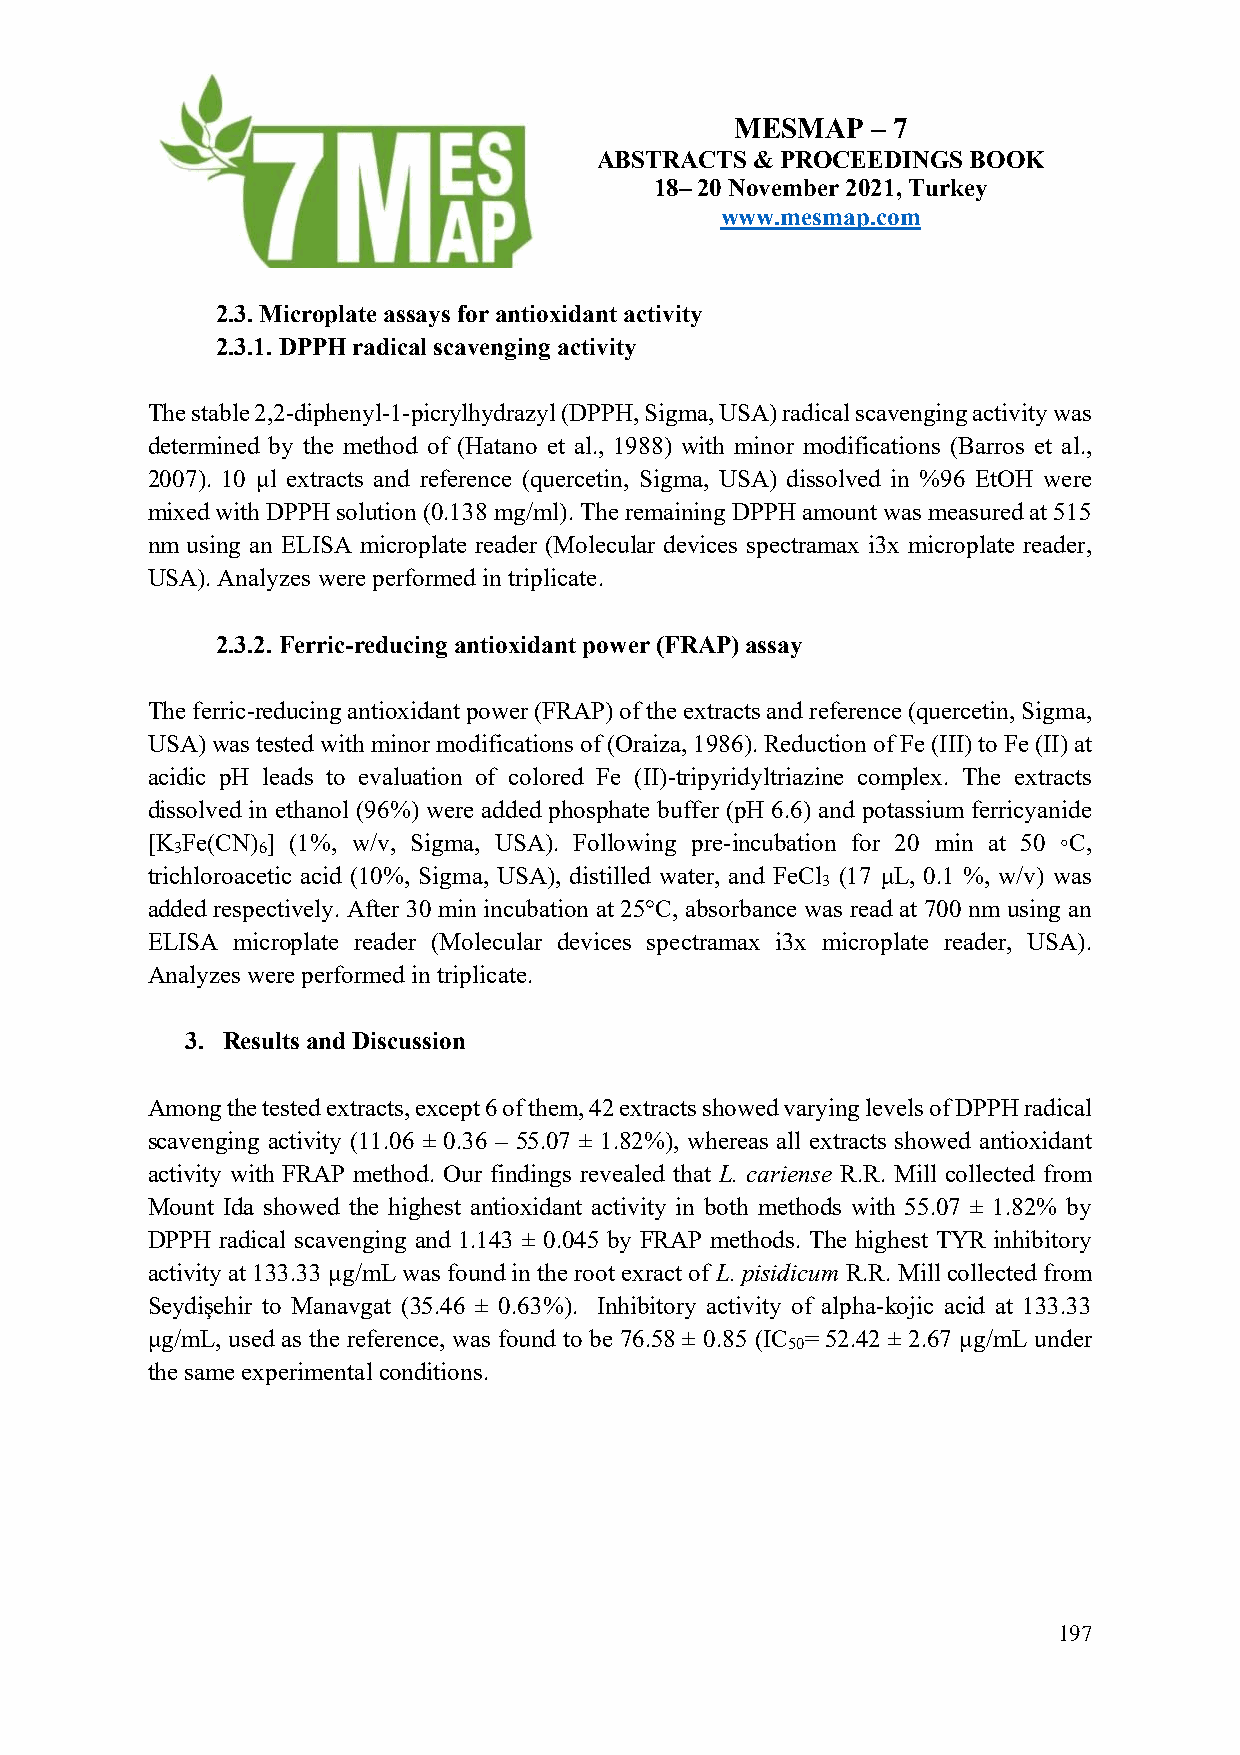
MESMAP   – 7
 ABSTRACTS  & PROCEEDINGS BOOK
 18– 20 November 2021, Turkey
 www.mesmap.com
 2.3. Microplate assays for antioxidant activity
 2.3.1. DPPH radical scavenging activity
 The stable 2,2-diphenyl-1-picrylhydrazyl (DPPH, Sigma, USA) radical scavenging activity was
 determined by the method of (Hatano et al., 1988) with minor modifications (Barros et al.,
 2007). 10 µl extracts and reference (quercetin, Sigma, USA) dissolved in %96 EtOH were
 mixed with DPPH solution (0.138 mg/ml). The remaining DPPH amount was measured at 515
 nm using an ELISA microplate reader (Molecular devices spectramax i3x microplate reader,
 USA). Analyzes were performed in triplicate.
 2.3.2. Ferric-reducing antioxidant power (FRAP) assay
 The ferric-reducing antioxidant power (FRAP) of the extracts and reference (quercetin, Sigma,
 USA) was tested with minor modifications of (Oraiza, 1986). Reduction of Fe (III) to Fe (II) at
 acidic pH leads to evaluation of colored Fe (II)-tripyridyltriazine complex. The extracts
 dissolved in ethanol (96%) were added phosphate buffer (pH 6.6) and potassium ferricyanide
 [K Fe(CN) ] (1%, w/v, Sigma, USA). Following pre-incubation for 20 min at 50 ◦C,
 3    6
 trichloroacetic acid (10%, Sigma, USA), distilled water, and FeCl (17 μL, 0.1 %, w/v) was
 3
 added respectively. After 30 min incubation at 25°C, absorbance was read at 700 nm using an
 ELISA microplate reader (Molecular devices spectramax i3x microplate reader, USA).
 Analyzes were performed in triplicate.
 3. Results and Discussion
 Among the tested extracts, except 6 of them, 42 extracts showed varying levels of DPPH radical
 scavenging activity (11.06 ± 0.36 – 55.07 ± 1.82%), whereas all extracts showed antioxidant
 activity with FRAP method. Our findings revealed that L. cariense R.R. Mill collected from
 Mount Ida showed the highest antioxidant activity in both methods with 55.07 ± 1.82% by
 DPPH radical scavenging and 1.143 ± 0.045 by FRAP methods. The highest TYR inhibitory
 activity at 133.33 µg/mL was found in the root exract of L. pisidicum R.R. Mill collected from
 Seydişehir to Manavgat (35.46 ± 0.63%). Inhibitory activity of alpha-kojic acid at 133.33
 µg/mL, used as the reference, was found to be 76.58 ± 0.85 (IC = 52.42 ± 2.67 µg/mL under
 50
 the same experimental conditions.
 197